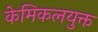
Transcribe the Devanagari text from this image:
केमिकलयुक्त